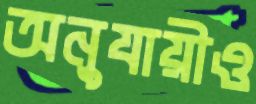
অনুযায়ীও